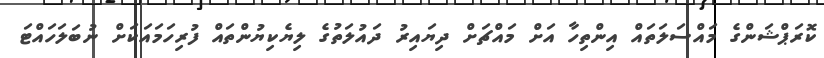
ކޮރަޕްޝަންގެ މައްސަލަތައް އިންތިހާ އަށް މައްޗަށް ދިޔައިރު ދައުލަތުގެ ލިޔެކިޔުންތައް ފުރިހަމައަކަށް ނުބަލަހައްޓަ